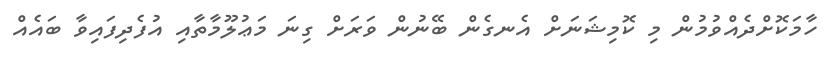
ހާމަކޮށްދެއްވުމުން މި ކޮމިޝަނަށް އެނގެން ބޭނުން ވަރަށް ގިނަ މަޢުލޫމާތާއި އުފެދިފައިވާ ބައެއް